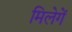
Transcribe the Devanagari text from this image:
मिलेगें